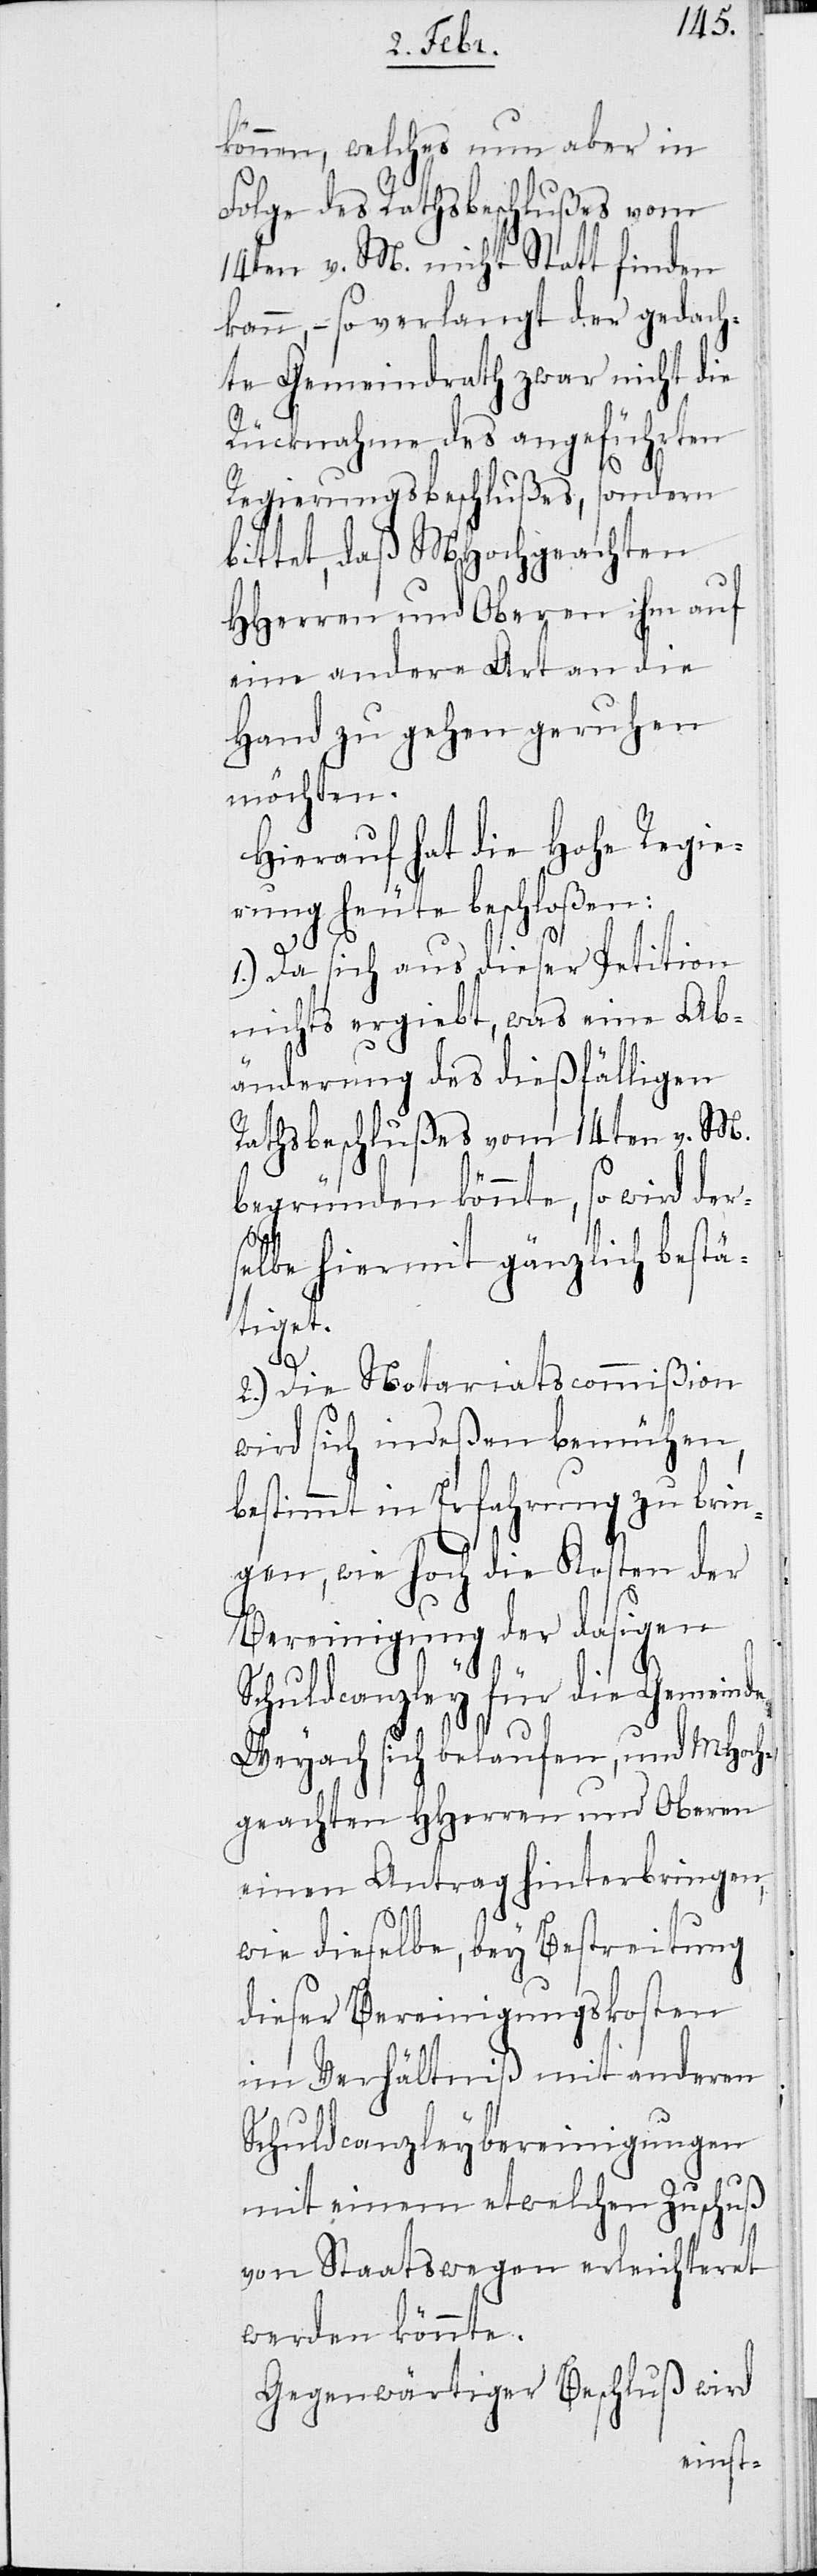
können, welches nun aber in
Folge des Rathsbeschlußes vom
14ten v. M. nicht Statt finden
kann, – so verlangt der gedach¬
te Gemeindrath zwar nicht die
Rücknahme des angeführten
Regierungsbeschlußes, sondern
bittet, daß MHochgeachten
HHerren und Oberen ihm auf
eine andere Art an die
Hand zu gehen geruhen
möchten.
Hierauf hat die Hohe Regie¬
rung heute beschloßen:
1) Da sich aus dieser Petition
nichts ergiebt, was eine Ab¬
änderung des dießfälligen
Rathsbeschlußes vom 14ten v. M.
begründen könnte, so wird ders¬
elbe hiermit gänzlich bestä¬
tiget.
2) Die Notariatscommißion
wird sich indeßen bemühen,
bestimmt in Erfahrung zu brin¬
gen, wie hoch die Kosten der
Bereinigung der dasigen
Schuldcanzley für die Gemeinde
Weyach sich belaufen, und MHoch¬
geachten HHerren und Oberen
einen Antrag hinterbringen,
wie dieselbe, bey Bestreitung
dieser Bereinigungskosten
im Verhältniß mit anderen
Schuldcanzleybereinigungen
mit einem etwelchen Zuschuß
von Staatswegen erleichteret
werden könnte.
Gegenwärtiger Beschluß wird